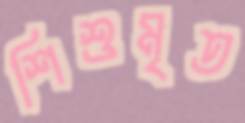
শিশুমৃত